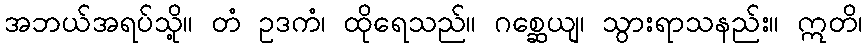
အဘယ်အရပ်သို့။ တံ ဥဒကံ၊ ထိုရေသည်။ ဂစ္ဆေယျ၊ သွားရာသနည်း။ ဣတိ၊